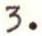
3.